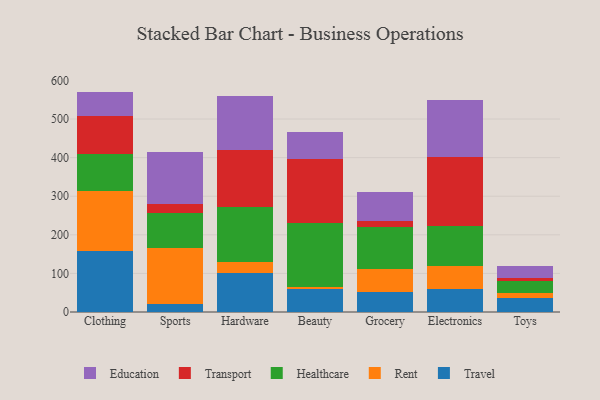
{"axis": {"x": "Category", "y": "Page Views"}, "legend": ["Education", "Healthcare", "Rent", "Transport", "Travel"], "data": [{"x": "Clothing", "y": 158.2, "type": "Travel"}, {"x": "Clothing", "y": 156.4, "type": "Rent"}, {"x": "Clothing", "y": 94.8, "type": "Healthcare"}, {"x": "Clothing", "y": 98.5, "type": "Transport"}, {"x": "Clothing", "y": 63.2, "type": "Education"}, {"x": "Sports", "y": 21.2, "type": "Travel"}, {"x": "Sports", "y": 144.9, "type": "Rent"}, {"x": "Sports", "y": 90.3, "type": "Healthcare"}, {"x": "Sports", "y": 24.6, "type": "Transport"}, {"x": "Sports", "y": 133.4, "type": "Education"}, {"x": "Hardware", "y": 102.2, "type": "Travel"}, {"x": "Hardware", "y": 26.7, "type": "Rent"}, {"x": "Hardware", "y": 144.4, "type": "Healthcare"}, {"x": "Hardware", "y": 146.8, "type": "Transport"}, {"x": "Hardware", "y": 139.5, "type": "Education"}, {"x": "Beauty", "y": 59.0, "type": "Travel"}, {"x": "Beauty", "y": 5.3, "type": "Rent"}, {"x": "Beauty", "y": 167.5, "type": "Healthcare"}, {"x": "Beauty", "y": 164.8, "type": "Transport"}, {"x": "Beauty", "y": 69.8, "type": "Education"}, {"x": "Grocery", "y": 50.8, "type": "Travel"}, {"x": "Grocery", "y": 61.8, "type": "Rent"}, {"x": "Grocery", "y": 108.6, "type": "Healthcare"}, {"x": "Grocery", "y": 13.6, "type": "Transport"}, {"x": "Grocery", "y": 76.8, "type": "Education"}, {"x": "Electronics", "y": 60.4, "type": "Travel"}, {"x": "Electronics", "y": 57.7, "type": "Rent"}, {"x": "Electronics", "y": 105.2, "type": "Healthcare"}, {"x": "Electronics", "y": 178.8, "type": "Transport"}, {"x": "Electronics", "y": 148.2, "type": "Education"}, {"x": "Toys", "y": 37.4, "type": "Travel"}, {"x": "Toys", "y": 12.5, "type": "Rent"}, {"x": "Toys", "y": 31.6, "type": "Healthcare"}, {"x": "Toys", "y": 6.0, "type": "Transport"}, {"x": "Toys", "y": 30.5, "type": "Education"}]}